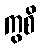
ကွစိ